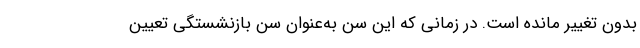
بدون تغییر مانده است. در زمانی که این سن به‌عنوان سن بازنشستگی تعیین